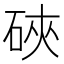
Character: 硤